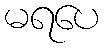
မရပေ